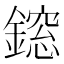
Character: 𨬃